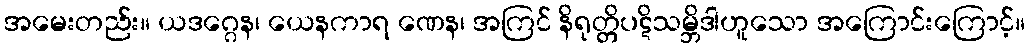
အမေးတည်း။ ယဒဂ္ဂေန၊ ယေနကာရ ဏေန၊ အကြင် နိရုတ္တိပဋိသမ္ဘိဒါဟူသော အကြောင်းကြောင့်။